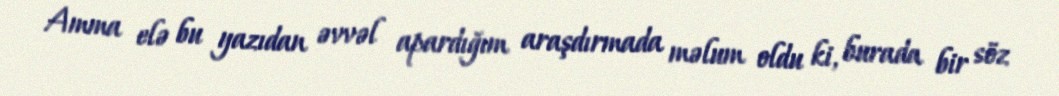
Amma elə bu yazıdan əvvəl apardığım araşdırmada məlum oldu ki, burada bir söz